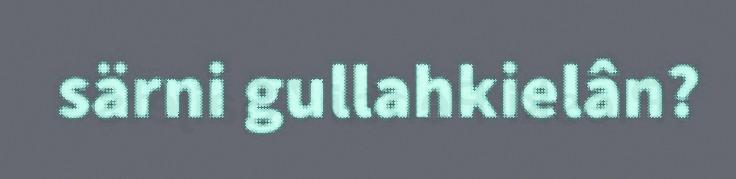
särni gullahkielân?